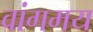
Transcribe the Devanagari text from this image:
वांगमय